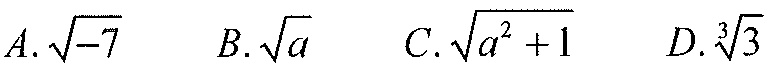
$A.\sqrt{-7}\quad B.\sqrt{a}\quad C.\sqrt{a^{2}+1}\quad D.\sqrt[3]{3}$